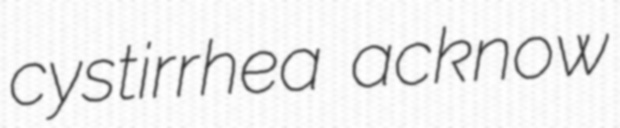
cystirrhea acknow